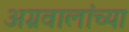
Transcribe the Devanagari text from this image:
अग्रवालांच्या